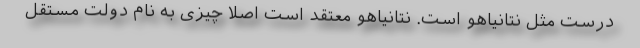
درست مثل نتانیاهو است. نتانیاهو معتقد است اصلا چیزی به نام دولت مستقل